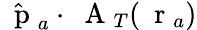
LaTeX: \hat{\mathrm{~\mathbf~p~}}_{a}\cdot\mathrm{~\mathbf~A~}_{T}(\mathrm{~\mathbf~r~}_{a})